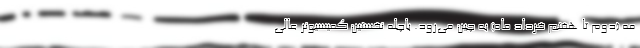
مه (دوم تا هفتم خرداد ماه) به چین می‌رود. باچله نخستین کمیسیونر عالی